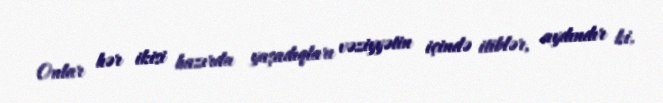
Onlar hər ikisi hazırda yaşadıqları vəziyyətin içində itiblər, aydındır ki,